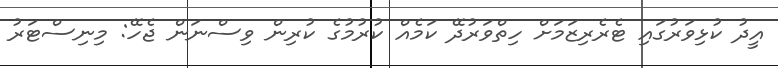
އީދު ކުޅިވަރުގައި ޓެރެރިޒަމަށް ހިތްވަރުދޭ ކަމެއް ކުރުމުގެ ކުރިން ވިސްނަން ޖެހޭ: މިނިސްޓަރު